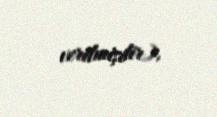
verilmişdir).